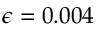
\epsilon = 0 . 0 0 4